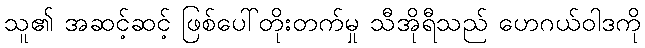
သူ၏ အဆင့်ဆင့် ဖြစ်ပေါ်တိုးတက်မှု သီအိုရီသည် ဟေဂယ်ဝါဒကို